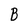
Character: B